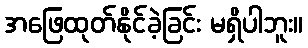
အဖြေထုတ်နိုင်ခဲ့ခြင်း မရှိပါဘူး။